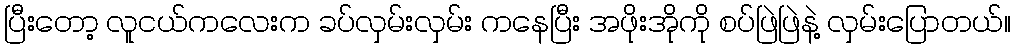
ပြီးတော့ လူငယ်ကလေးက ခပ်လှမ်းလှမ်း ကနေပြီး အဖိုးအိုကို စပ်ဖြဲဖြဲနဲ့ လှမ်းပြောတယ်။